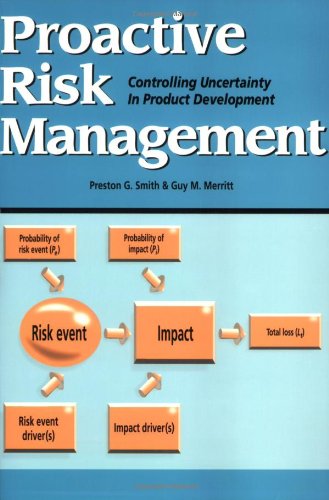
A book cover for Proactive Risk Management: Controlling Uncertainty in Product Development; Guy M. Merritt; Business & Money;